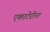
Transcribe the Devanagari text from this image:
एकाटेरीना